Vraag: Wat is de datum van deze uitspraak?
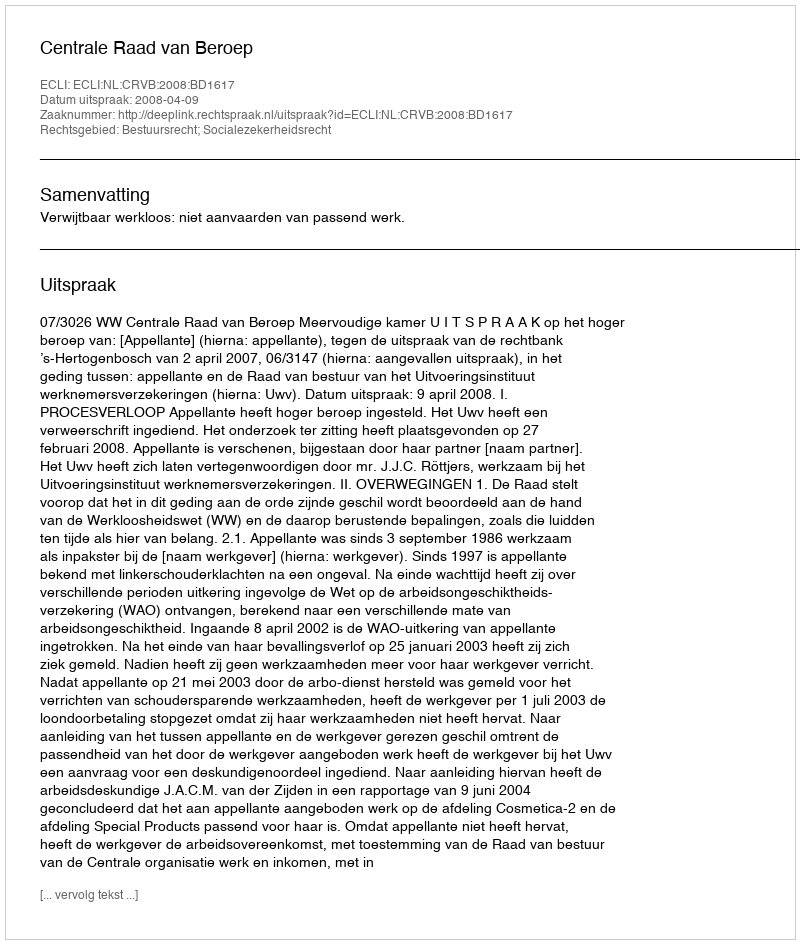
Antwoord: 2008-04-09